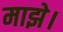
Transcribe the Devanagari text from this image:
माझे।